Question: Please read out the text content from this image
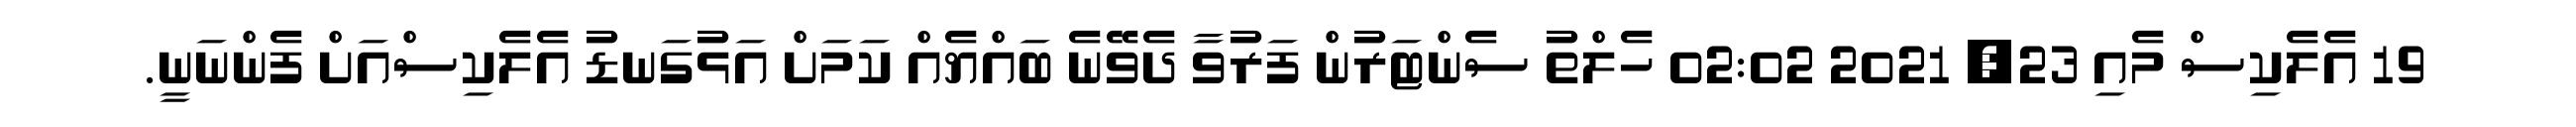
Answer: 19 އެލެކިސް މެއި 23, 2021 02:02 ހެލްތު ސެންޓަރުން ފަރުވާ ދެވޭނެ ބައްޔެއް ކަމަށް އަޅުގަނޑު އެލެކިސްއަށް ފެންނަނީ.